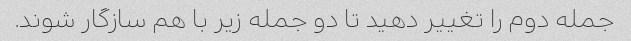
جمله دوم را تغییر دهید تا دو جمله زیر با هم سازگار شوند.